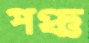
পঞ্চ